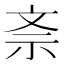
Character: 𭤕